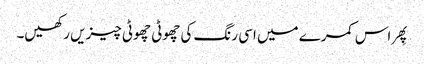
پِھر اس کمرے میں اسی رنگ کی چھوٹی چھوٹی چیزیں رکھیں۔